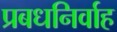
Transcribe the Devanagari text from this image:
प्रबधनिर्वाह